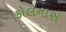
કોલનાસ